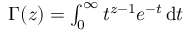
\textstyle \Gamma ( z ) = \int _ { 0 } ^ { \infty } t ^ { z - 1 } e ^ { - t } \, \mathrm { d } t